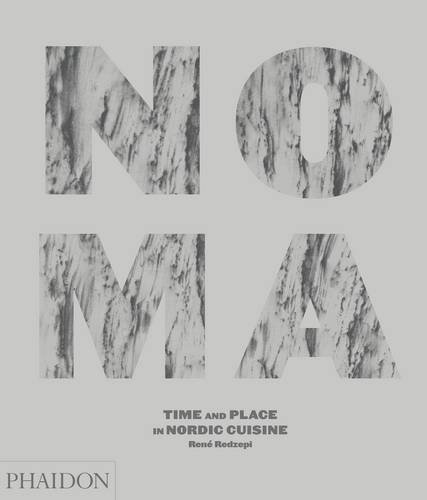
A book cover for Noma: Time and Place in Nordic Cuisine; RenÃ© Redzepi; Cookbooks, Food & Wine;